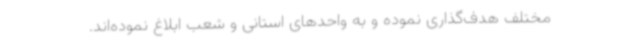
مختلف هدف‌گذاری نموده و به واحدهای استانی و شعب ابلاغ نموده‌اند.